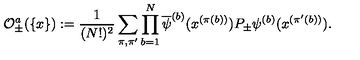
{ \cal O } _ { \pm } ^ { a } ( \{ x \} ) : = \frac { 1 } { ( N ! ) ^ { 2 } } \sum _ { \pi , \pi ^ { \prime } } \prod _ { b = 1 } ^ { N } \overline { { \psi } } ^ { ( b ) } ( x ^ { ( \pi ( b ) ) } ) P _ { \pm } \psi ^ { ( b ) } ( x ^ { ( \pi ^ { \prime } ( b ) ) } ) .